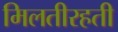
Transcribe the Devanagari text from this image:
मिलतीरहती